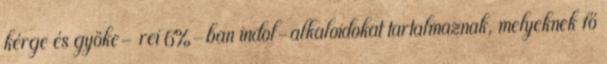
kérge és gyöke- rei 6%-ban indol-alkaloidokat tartalmaznak, melyeknek fő